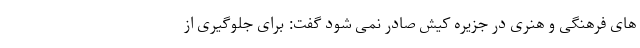
های فرهنگی و هنری در جزیره کیش صادر نمی شود گفت: برای جلوگیری از